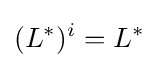
(L^{*})^{i}=L^{*}